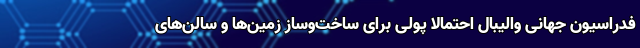
فدراسیون جهانی والیبال احتمالاً پولی برای ساخت‌وساز زمین‌ها و سالن‌های